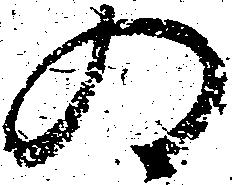
為